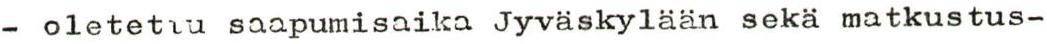
- oletettu saapumisaika Jyväskylään sekä matkustus-